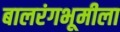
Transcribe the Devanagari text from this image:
बालरंगभूमीला